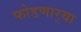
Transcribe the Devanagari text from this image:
फोडणार्‍या